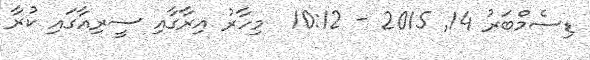
ޑިސެމްބަރު 14